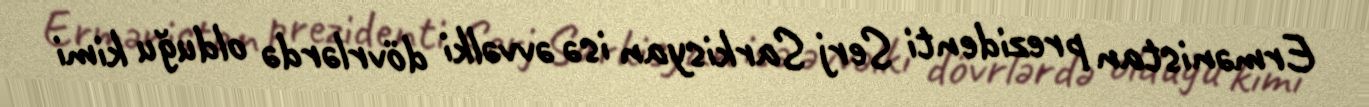
Ermənistan prezidenti Serj Sarkisyan isə əvvəlki dövrlərdə olduğu kimi